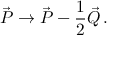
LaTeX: \vec { \cal P } \rightarrow \vec { \cal P } - \frac { 1 } { 2 } \vec { \cal Q } \, .